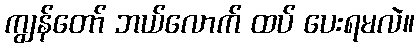
ကျွန်တော် ဘယ်လောက် ထပ် ပေးရမလဲ။